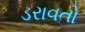
ડરાવતો